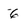
Character: 6